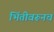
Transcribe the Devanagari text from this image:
भिंतीवरूनच